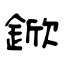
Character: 鍁